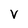
Character: v